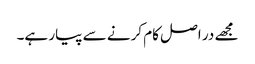
مجھے در اصل کام کرنے سے پیار ہے۔